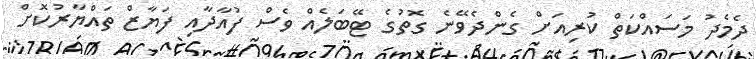
ދެމެދު މަސައްކަތް ކުރިއަށް ގެންދެވޭނެ ގޮތުގެ ޓޭބަލެއް ވެސް ފުއާދާއި ފަޔާޒް ތައްޔާރުކޮށް